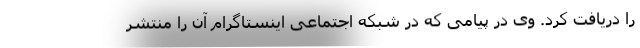
را دریافت کرد. وی در پیامی که در شبکه اجتماعی اینستاگرام آن را منتشر